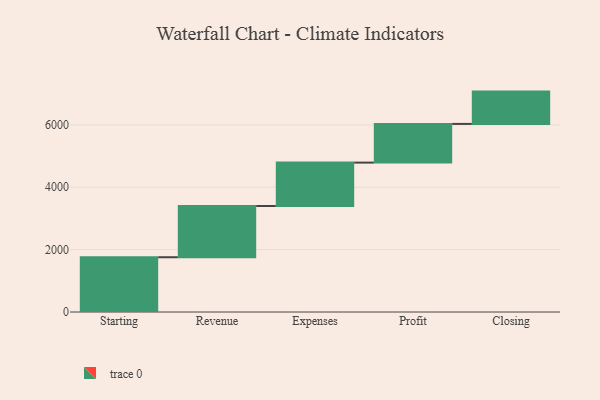
{"axis": {"x": "Step", "y": "Value"}, "legend": [""], "data": [{"x": "Starting", "y": 1756.0, "type": ""}, {"x": "Revenue", "y": 1643.0, "type": ""}, {"x": "Expenses", "y": 1392.0, "type": ""}, {"x": "Profit", "y": 1241.0, "type": ""}, {"x": "Closing", "y": 1036.0, "type": ""}]}